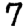
Digit: 7